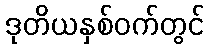
ဒုတိယနှစ်ဝက်တွင်